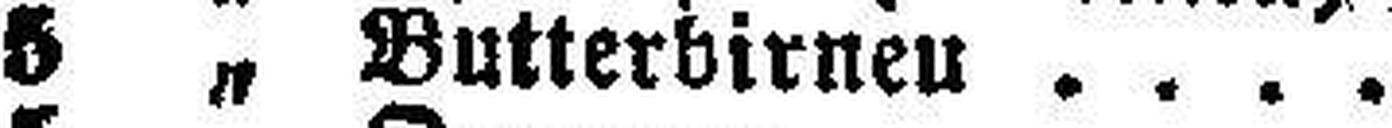
5 „ Butterbirnen